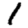
Digit: 1